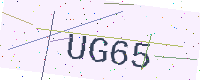
Text: UG65